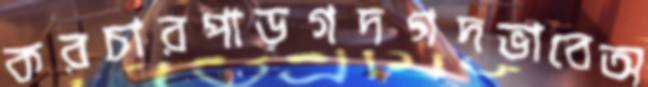
করচারপাড়গদগদভাবেঅ